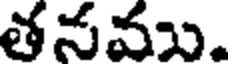
తనము.